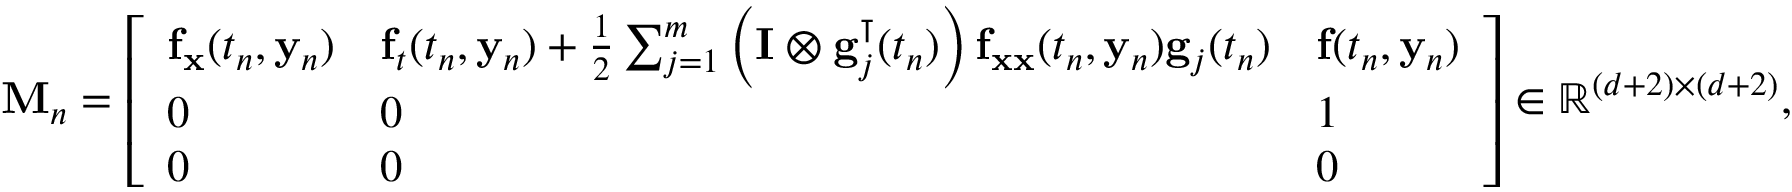
\mathbf { M } _ { n } = { \left[ \begin{array} { l l l } { \mathbf { f } _ { \mathbf { x } } ( t _ { n } , \mathbf { y } _ { n } ) } & { \mathbf { f } _ { t } ( t _ { n } , \mathbf { y } _ { n } ) + { \frac { 1 } { 2 } } \sum _ { j = 1 } ^ { m } \left( \mathbf { I } \otimes \mathbf { g } _ { j } ^ { \intercal } ( t _ { n } ) \right) \mathbf { f } _ { \mathbf { x x } } ( t _ { n } , \mathbf { y } _ { n } ) \mathbf { g } _ { j } ( t _ { n } ) } & { \mathbf { f } ( t _ { n } , \mathbf { y } _ { n } ) } \\ { 0 } & { 0 } & { 1 } \\ { 0 } & { 0 } & { 0 } \end{array} \right] } \in \mathbb { R } ^ { ( d + 2 ) \times ( d + 2 ) } ,